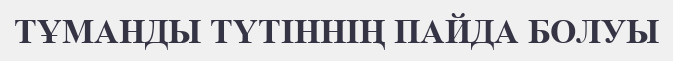
ТҰМАНДЫ ТҮТІННІҢ ПАЙДА БОЛУЫ